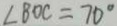
\angle B O C = 7 0 ^ { \circ }